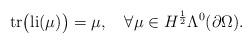
LaTeX: \begin{align*} \mathrm{tr}\big(\mathrm{li}(\mu)\big)=\mu,\quad\forall\mu\in H^{\frac{1}{2}}\Lambda^{0}(\partial\Omega).\end{align*}